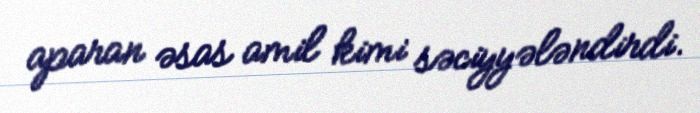
aparan əsas amil kimi səciyyələndirdi.